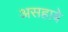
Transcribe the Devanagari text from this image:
असहाबे